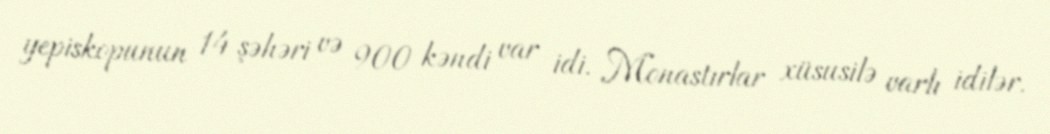
yepiskopunun 14 şəhəri və 900 kəndi var idi. Monastırlar xüsusilə varlı idilər.